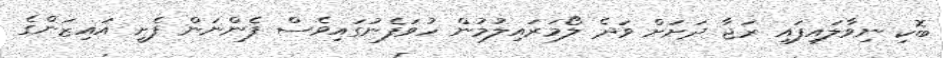
ބޮކި ނިވާލައިފައި ރަޖާ ދަށަށް ވަދެ ލޯމަރައިލުމުން ހުވަފެނުގައިވެސް ފެންނަން ފެށީ އައިޒަންގެ